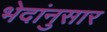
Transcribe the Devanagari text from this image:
भेदांनुसार